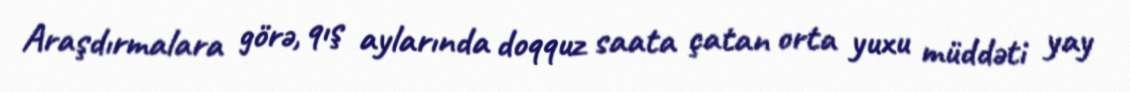
Araşdırmalara görə, qış aylarında doqquz saata çatan orta yuxu müddəti yay